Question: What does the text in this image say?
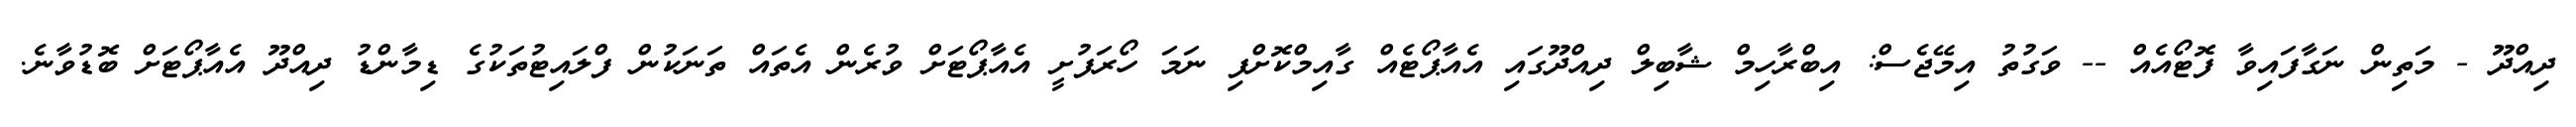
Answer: ދިއްދޫ - މަތިން ނަގާފައިވާ ފޮޓޯއެއް -- ވަގުތު އިމޭޖެސް: އިބްރާހިމް ޝާބިލް ދިއްދޫގައި އެއާޕޯޓެއް ގާއިމްކޮށްފި ނަމަ ހޯރަފުށީ އެއާޕޯޓަށް ވުރެން އެތައް ތަނަކުން ފްލައިޓުތަކުގެ ޑިމާންޑު ދިއްދޫ އެއާޕޯޓަށް ބޮޑުވާނެ.